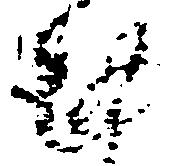
謹